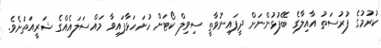
ކުރުމުގެ ފުރުސަތު އާއިލާގެ ބޭފުޅުންނަށް ދީފައިނުވާތީ ސިވިލް ކޯޓަށް ހުށަހަޅާފައިވާ މައްސަލައެއްގެ ޝަރީއަތަށެވެ.